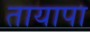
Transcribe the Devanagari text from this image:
तायापा